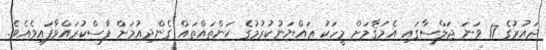
ދައުރުގެ 17 ވަނަ ޖަލްސާގައި އެމަޤާމަށް މީހަކު ޢައްޔަނުކުރުމުގެ ކަންތައްތައް ގެންދިއުމަށް ފާސްކުރައްވާފައިވެއެވެ.